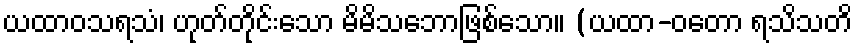
ယထာဝသရသံ၊ ဟုတ်တိုင်းသော မိမိသဘောဖြစ်သော။ (ယထာ-ဝတော ရသိသတိ